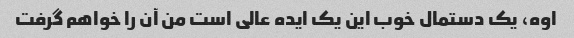
اوه، یک دستمال خوب این یک ایده عالی است من آن را خواهم گرفت